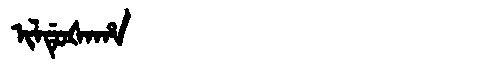
Manchu: ᡳᠯᡩᡠᡧᠠᡥᠠ
Romanization: ILDUŠAHA